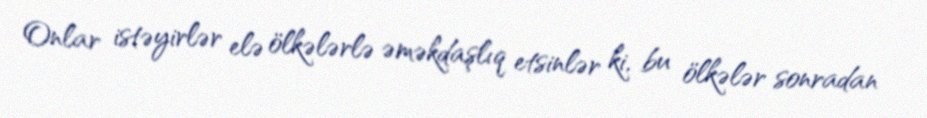
Onlar istəyirlər elə ölkələrlə əməkdaşlıq etsinlər ki, bu ölkələr sonradan